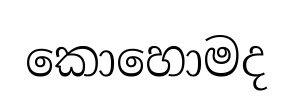
කොහොමද